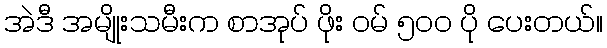
အဲဒီ အမျိုးသမီးက စာအုပ် ဖိုး ဝမ် ၅၀၀ ပို ပေးတယ်။